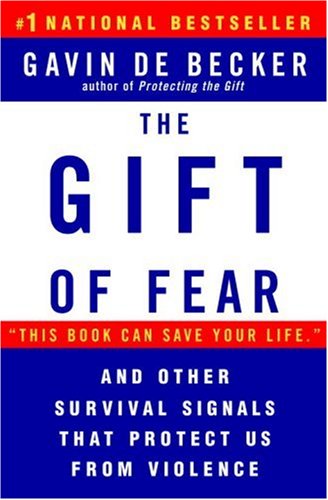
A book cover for The Gift of Fear and Other Survival Signals that Protect Us From Violence; Gavin de Becker; Self-Help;